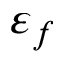
\varepsilon _ { f }